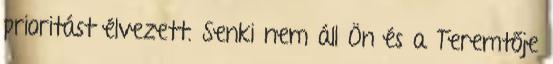
prioritást élvezett. Senki nem áll Ön és a Teremtője